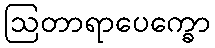
ဩတာရာပေက္ခော